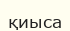
қиыса